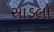
સાડલો